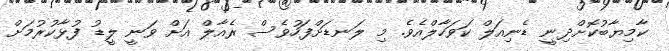
ކާމިޔާބުކޮށްދިނީ ޑެނިއަލް ކަވަހާލްއެވެ. މި ލަނޑަށްފަހުވެސް ރެއާލް އަށް ވަނީ ލީޑު ފުޅާކުރުމަށް